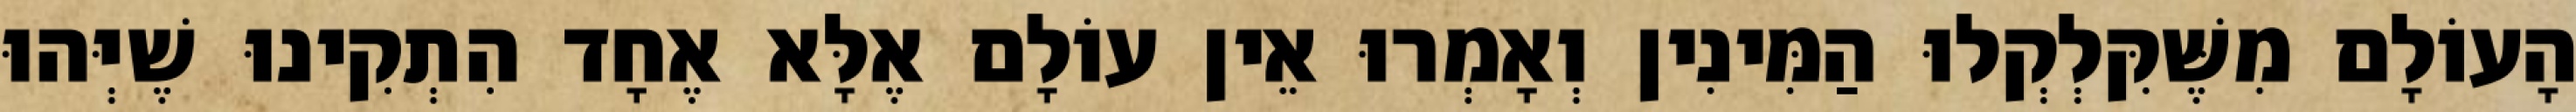
הָעוֹלָם מִשֶּׁקִּלְקְלוּ הַמִּינִין וְאָמְרוּ אֵין עוֹלָם אֶלָּא אֶחָד הִתְקִינוּ שֶׁיְּהוּ